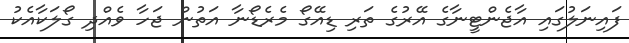
ފައިނަލުގައި އާޖެންޓީނާގެ އޭރުގެ ތަރި ޑިއޭގޯ މެރެޑޯނާ އަތުން ޖަހާ ވެއްދި ގޯލަކާއެކު